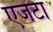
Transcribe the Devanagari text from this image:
एजेंटा